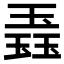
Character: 𬍼